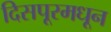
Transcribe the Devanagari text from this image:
दिसपूरमधून